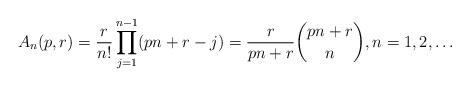
LaTeX: \begin{align*}A_n(p,r) = \frac{r}{n!} \prod_{j=1}^{n-1} (pn+r-j)= \frac{r}{pn+r} \binom{pn+r}{n},n=1,2,\ldots\end{align*}